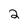
Character: 2